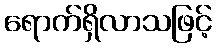
ရောက်ရှိလာသဖြင့်